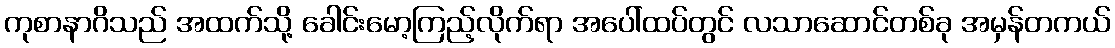
ကုစာနာဂိသည် အထက်သို့ ခေါင်းမော့ကြည့်လိုက်ရာ အပေါ်ထပ်တွင် လသာဆောင်တစ်ခု အမှန်တကယ်